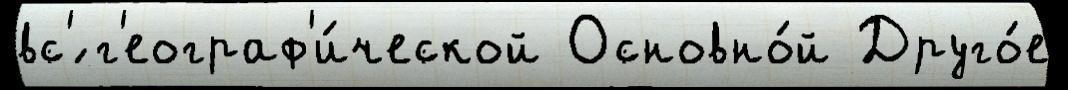
вс'́ г'еограф'и́ческой Основно́й Друго́е